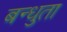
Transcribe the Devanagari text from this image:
बन्धुता